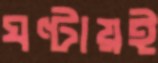
ঘণ্টায়ই